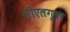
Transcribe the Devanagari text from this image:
गीएलगुदा